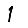
Digit: 1